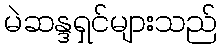
မဲဆန္ဒရှင်များသည်